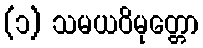
(၁) သမယဝိမုတ္တော